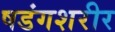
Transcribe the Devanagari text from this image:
षडंगशरीर